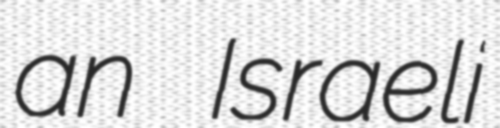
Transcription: an Israeli